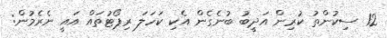
12 ސިކުންތު ކުރިން އަދީބު ބުނެގެން އެކި ކަހަލަ ރިޕޯޓުތައް އައީ ނެރެމުން: